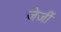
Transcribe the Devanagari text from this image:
जेर्जी